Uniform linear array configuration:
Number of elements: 64
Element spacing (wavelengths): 0.5
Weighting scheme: cosine
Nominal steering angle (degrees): -60
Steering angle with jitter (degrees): -60.338
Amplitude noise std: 0.05
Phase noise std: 0.05

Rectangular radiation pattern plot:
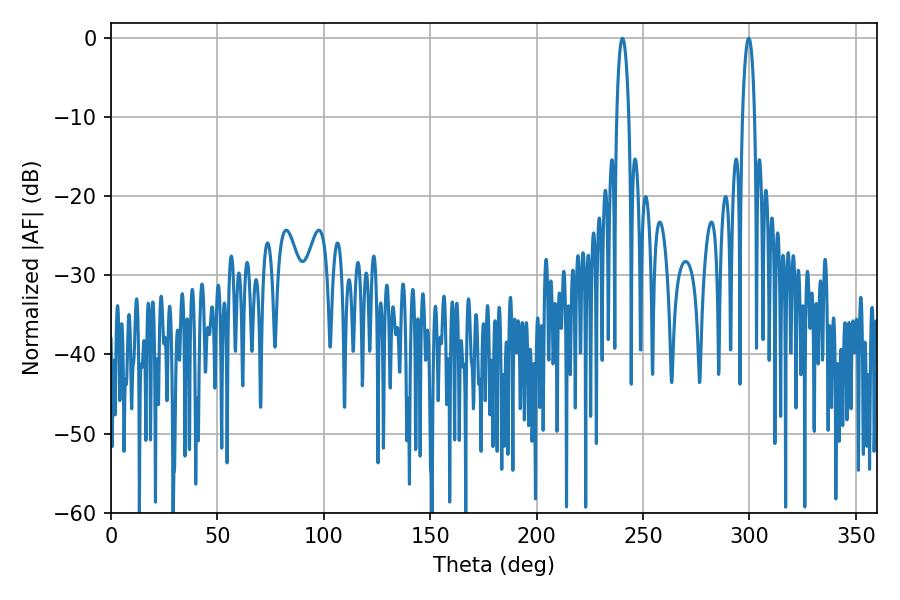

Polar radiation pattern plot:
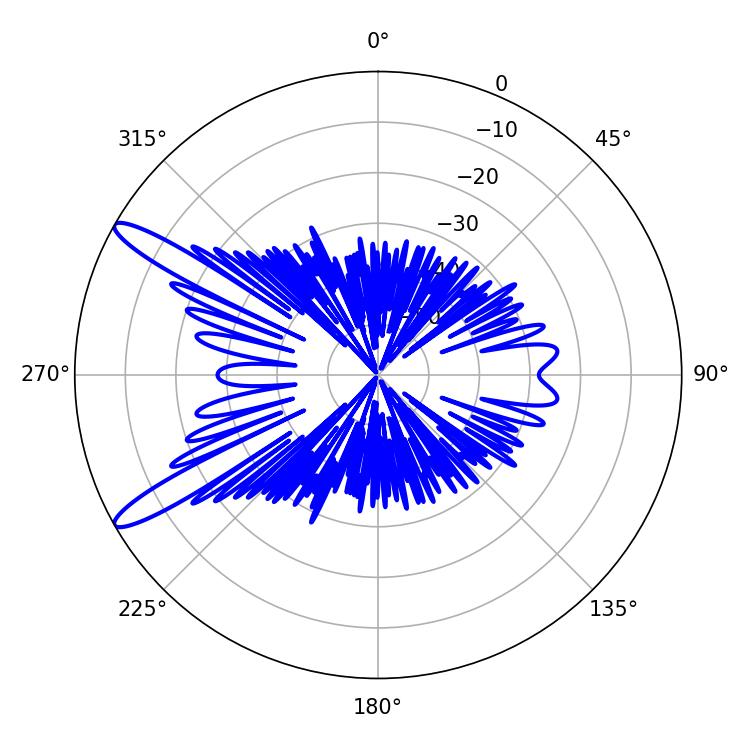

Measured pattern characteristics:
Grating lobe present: FALSE
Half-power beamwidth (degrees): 3.06
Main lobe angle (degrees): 240.3